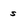
Character: s